Indian journal of veterinary science and animal husbandry - Volume 3,
Year: 1933
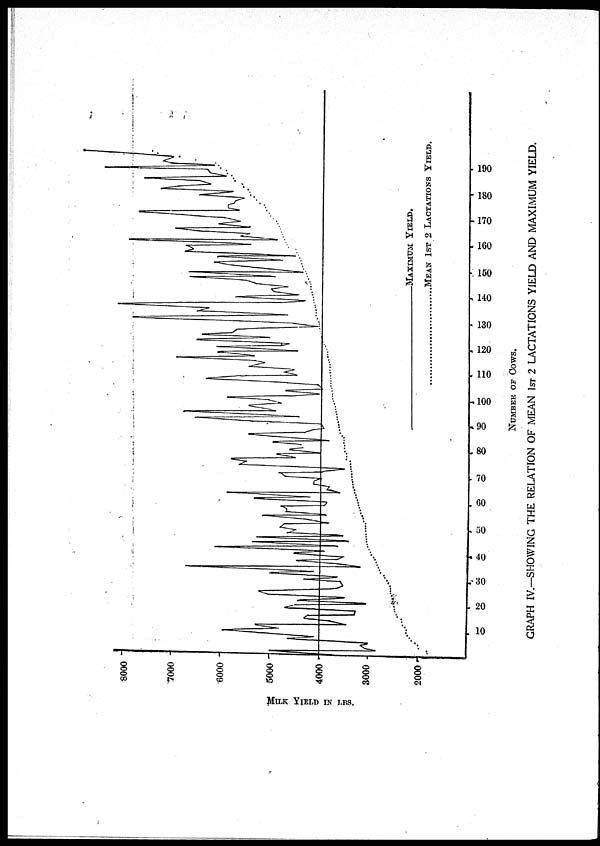
NUMBER OF COWS.
GRAPH IV.—SHOWING THE RELATION OF MEAN 1ST 2 LACTATIONS YIELD AND MAXIMUM YIELD.